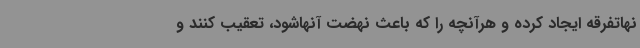
نهاتفرقه ایجاد کرده و هرآنچه را که باعث نهضت آنهاشود، تعقیب کنند و